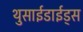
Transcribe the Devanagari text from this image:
थुसाईडाईड्स